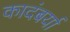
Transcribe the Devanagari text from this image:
कादंबर्या